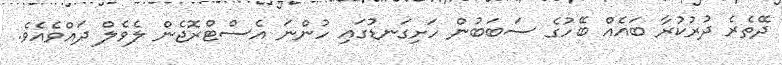
ދޭތެރެ ދުރުކުރާ ބައެއް ބޭހުގެ ސަބަބުން ހަށިގަނޑުގައި ހުންނަ އެސްޓްރޮޖެން ލެވެލް ދައްވެއެވެ.